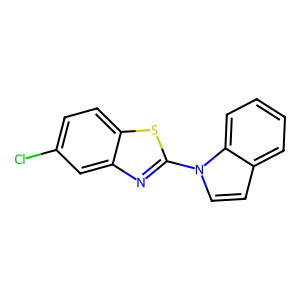
SMILES: Clc1ccc2sc(-n3ccc4ccccc43)nc2c1
Inhibits HIV replication: No